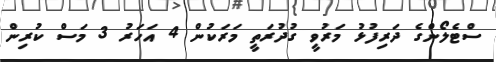
ސްޓެލޯންގެ ދަރިފުޅު މަރުވީ ގުދުރަތީ މަރަކުން 4 އަހަރު 3 މަސް ކުރިން